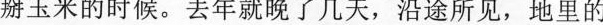
掰玉米的时候。去年就晚了几天，沿途所见，地里的